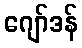
ဂျော်ဒန်